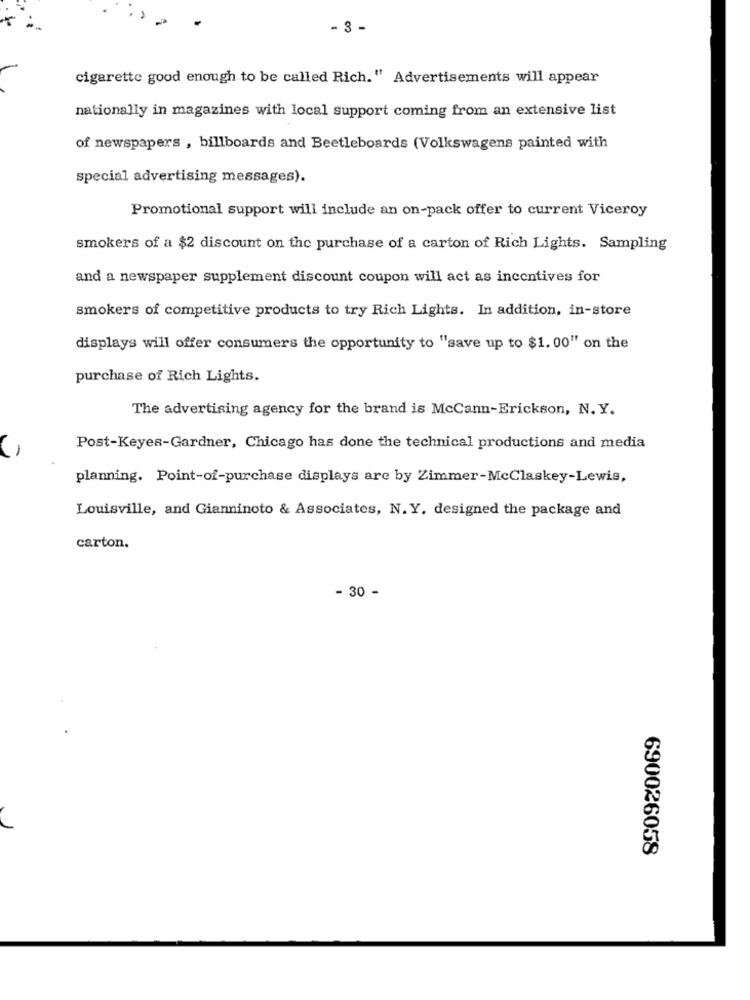
- 3 -
cigarette good enough to be called Rich." Advertisements will appear
nationally in magazines with local support coming from an extensive list
of newspapers , billboards and Beetleboards (Volkswagens painted with
special advertising messages).
Promotional support will include an on-pack offer to current Viceroy
smokers of a $2 discount on the purchase of a carton of Rich Lights. Sampling
and a newspaper supplement discount coupon will act as incentives for
smokers of competitive products to try Rich Lights. In addition, in-store
displays will offer consumers the opportunity to "save up to $1. 00" on the
purchase of Rich Lights.
The advertising agency for the brand is McCann-Erickson, N. Y.
Post-Keyes-Gardner, Chicago has done the technical productions and media
planning. Point-of-purchase displays are by Zimmer-McClaskey-Lewis,
Louisville, and Gianninoto & Associates, N.Y. designed the package and
carton.
- 30 -
690026058